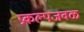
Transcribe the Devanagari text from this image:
प्रकल्पजवळ